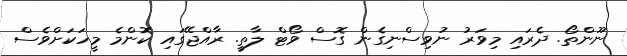
ނޫންތޯ. ދެރައި މިވަރު ނުވިސްނިގެން ގޮސް ވޯޓް ލާތީ. ރާއްޖޭގައި ކޮންމެ މީހަކަށްވެސް